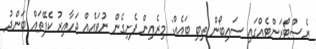
ރެސްޓޯރަންޓެއްގައި ސައިބޯން ތިބި ބައެއް: މިރެއިން ފެށިގެން ނުވައެއް ޖަހާއިރު ކެފޭތައް ބަންދު